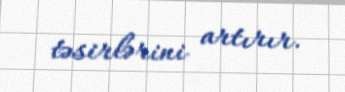
təsirlərini artırır.